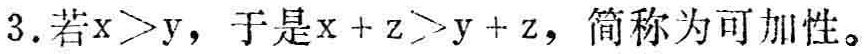
3. 若\(x > y\)，于是\(x + z > y + z\)，简称为可加性。